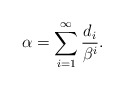
\begin{align*}\alpha=\sum_{i=1}^\infty\frac{d_i}{\beta^i}.\end{align*}